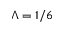
\Lambda = 1 / 6